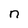
Character: n